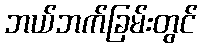
ဘယ်ဘက်ခြမ်းတွင်